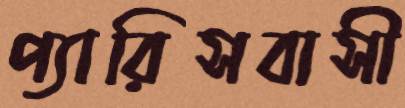
প্যারিসবাসী